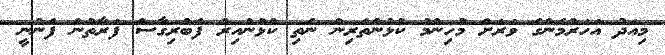
މިއަދު އަހަރުމެންގެ ވަރަށް މުހިންމު ކުޅުންތެރިން ނެތި ކުޅުނުއިރު ފެބްރިގާސް ފަރާތުން ފެނުނީ